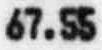
67.55